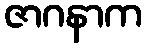
ဇာဂနာက